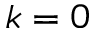
k = 0